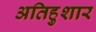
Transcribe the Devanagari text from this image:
अतिहुशार